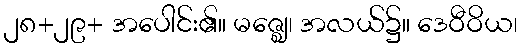
၂၈+၂၉+ အပေါင်း၏။ မဇ္ဈေ၊ အလယ်၌။ ဒေဝီဝိယ၊